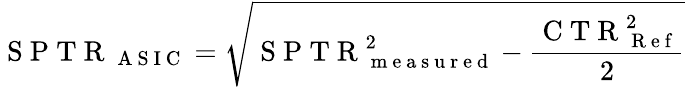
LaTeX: \mathrm{~S~P~T~R~}_{\mathrm{~A~S~I~C~}}=\sqrt{\mathrm{~S~P~T~R~}_{\mathrm{~m~e~a~s~u~r~e~d~}}^{2}-\frac{\mathrm{~C~T~R~}_{\mathrm{~R~e~f~}}^{2}}{2}}